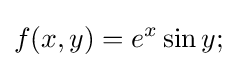
\,\!f(x,y)=e^{x}\sin y;